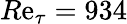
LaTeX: R\mathrm{e}_{\tau}=934